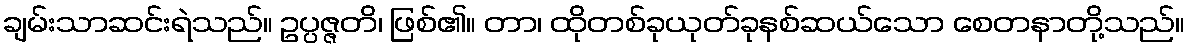
ချမ်းသာဆင်းရဲသည်။ ဥပ္ပဇ္ဇတိ၊ ဖြစ်၏။ တာ၊ ထိုတစ်ခုယုတ်ခုနစ်ဆယ်သော စေတနာတို့သည်။